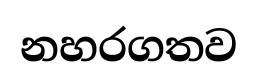
නහරගතව